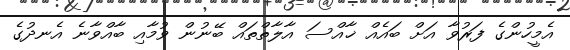
އެމީހުންގެ ފަރުވާ އަށް ބައެއް ޚާއްސަ އާލާތްތައް ބޭނުން ވުމާއި ބާއްވާނެ އެނދުގެ